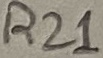
Text: R21